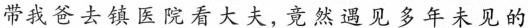
带我爸去镇医院看大夫，竟然遇见多年未见的